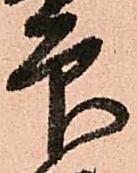
印